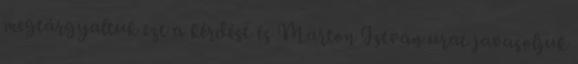
megtárgyaltuk ezt a kérdést és Marton István urat javasoljuk